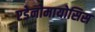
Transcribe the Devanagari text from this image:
एडेनोमायोसिस